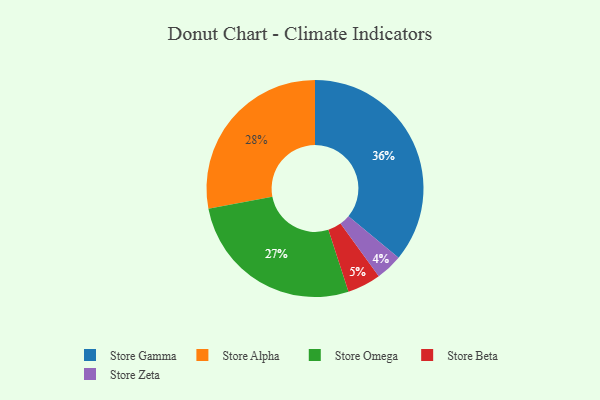
{"axis": {"x": "Category", "y": "Percentage"}, "legend": ["Store Alpha", "Store Beta", "Store Gamma", "Store Omega", "Store Zeta"], "data": [{"x": "Store Zeta", "y": 4, "type": "Store Zeta"}, {"x": "Store Beta", "y": 5, "type": "Store Beta"}, {"x": "Store Omega", "y": 27, "type": "Store Omega"}, {"x": "Store Gamma", "y": 36, "type": "Store Gamma"}, {"x": "Store Alpha", "y": 28, "type": "Store Alpha"}]}